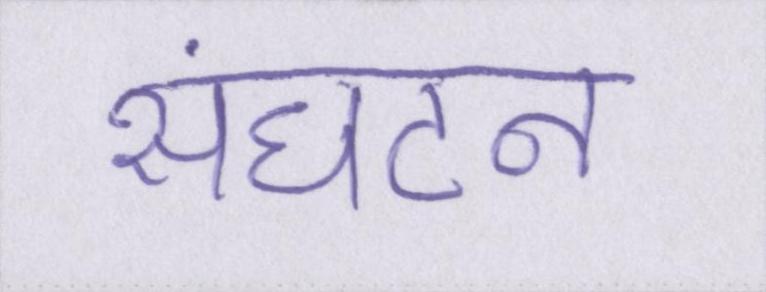
संघटन